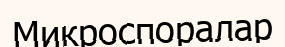
Микроспоралар